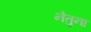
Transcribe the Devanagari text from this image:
नेतुना